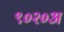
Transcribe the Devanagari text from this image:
९०२०अ